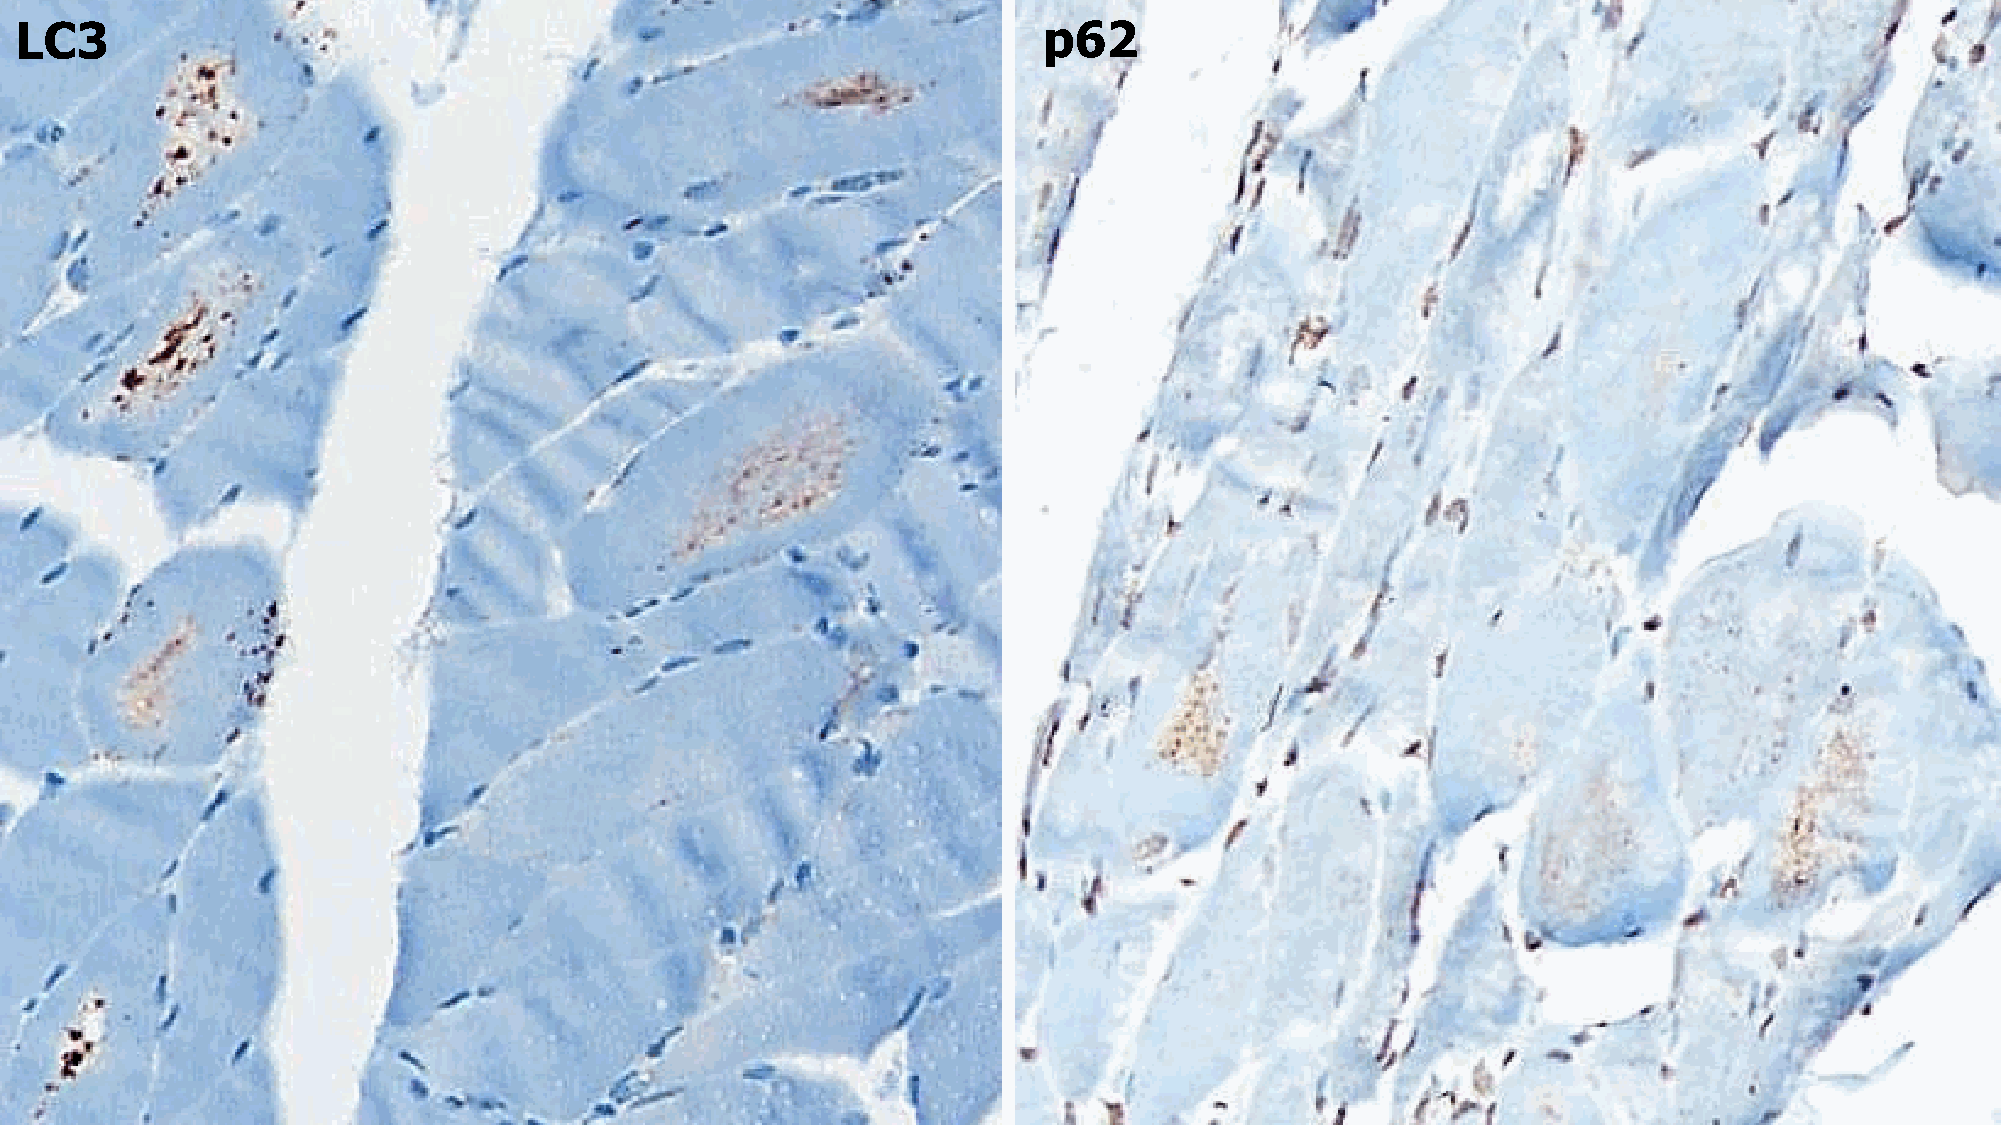
LC3                                                                 p62